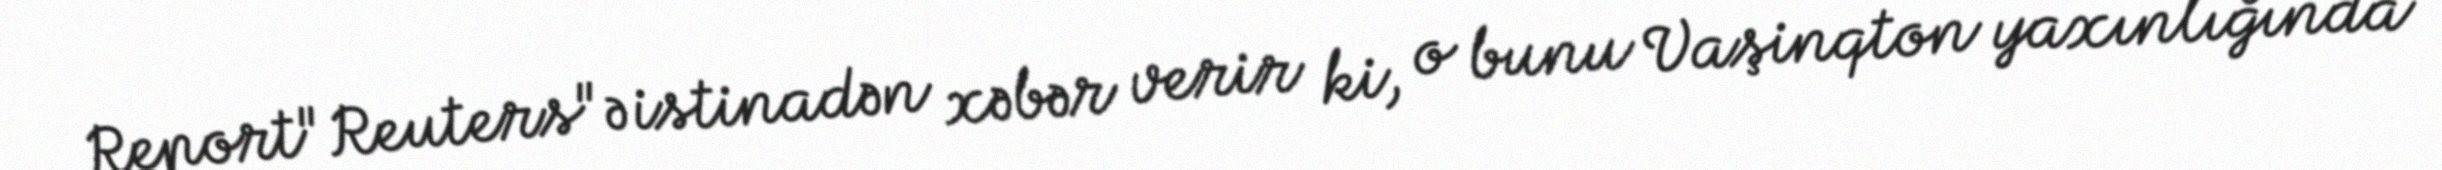
Report"Reuters"ə istinadən xəbər verir ki, o bunu Vaşinqton yaxınlığında